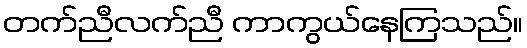
တက်ညီလက်ညီ ကာကွယ်နေကြသည်။